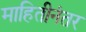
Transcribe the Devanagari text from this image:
माहितीनंतर